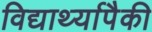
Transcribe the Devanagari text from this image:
विद्यार्थ्यापैकी